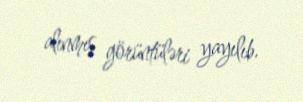
alınmış görüntüləri yayılıb.